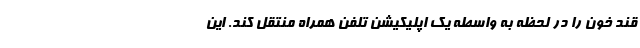
قند خون را در لحظه به واسطه یک اپلیکیشن تلفن همراه منتقل کند. این